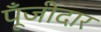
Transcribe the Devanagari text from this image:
पूँजीदार